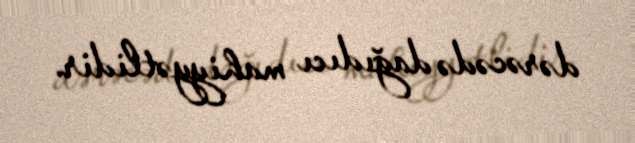
dərəcədə dağıdıcı mahiyyətlidir.